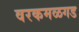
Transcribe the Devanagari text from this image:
वरकमळगड